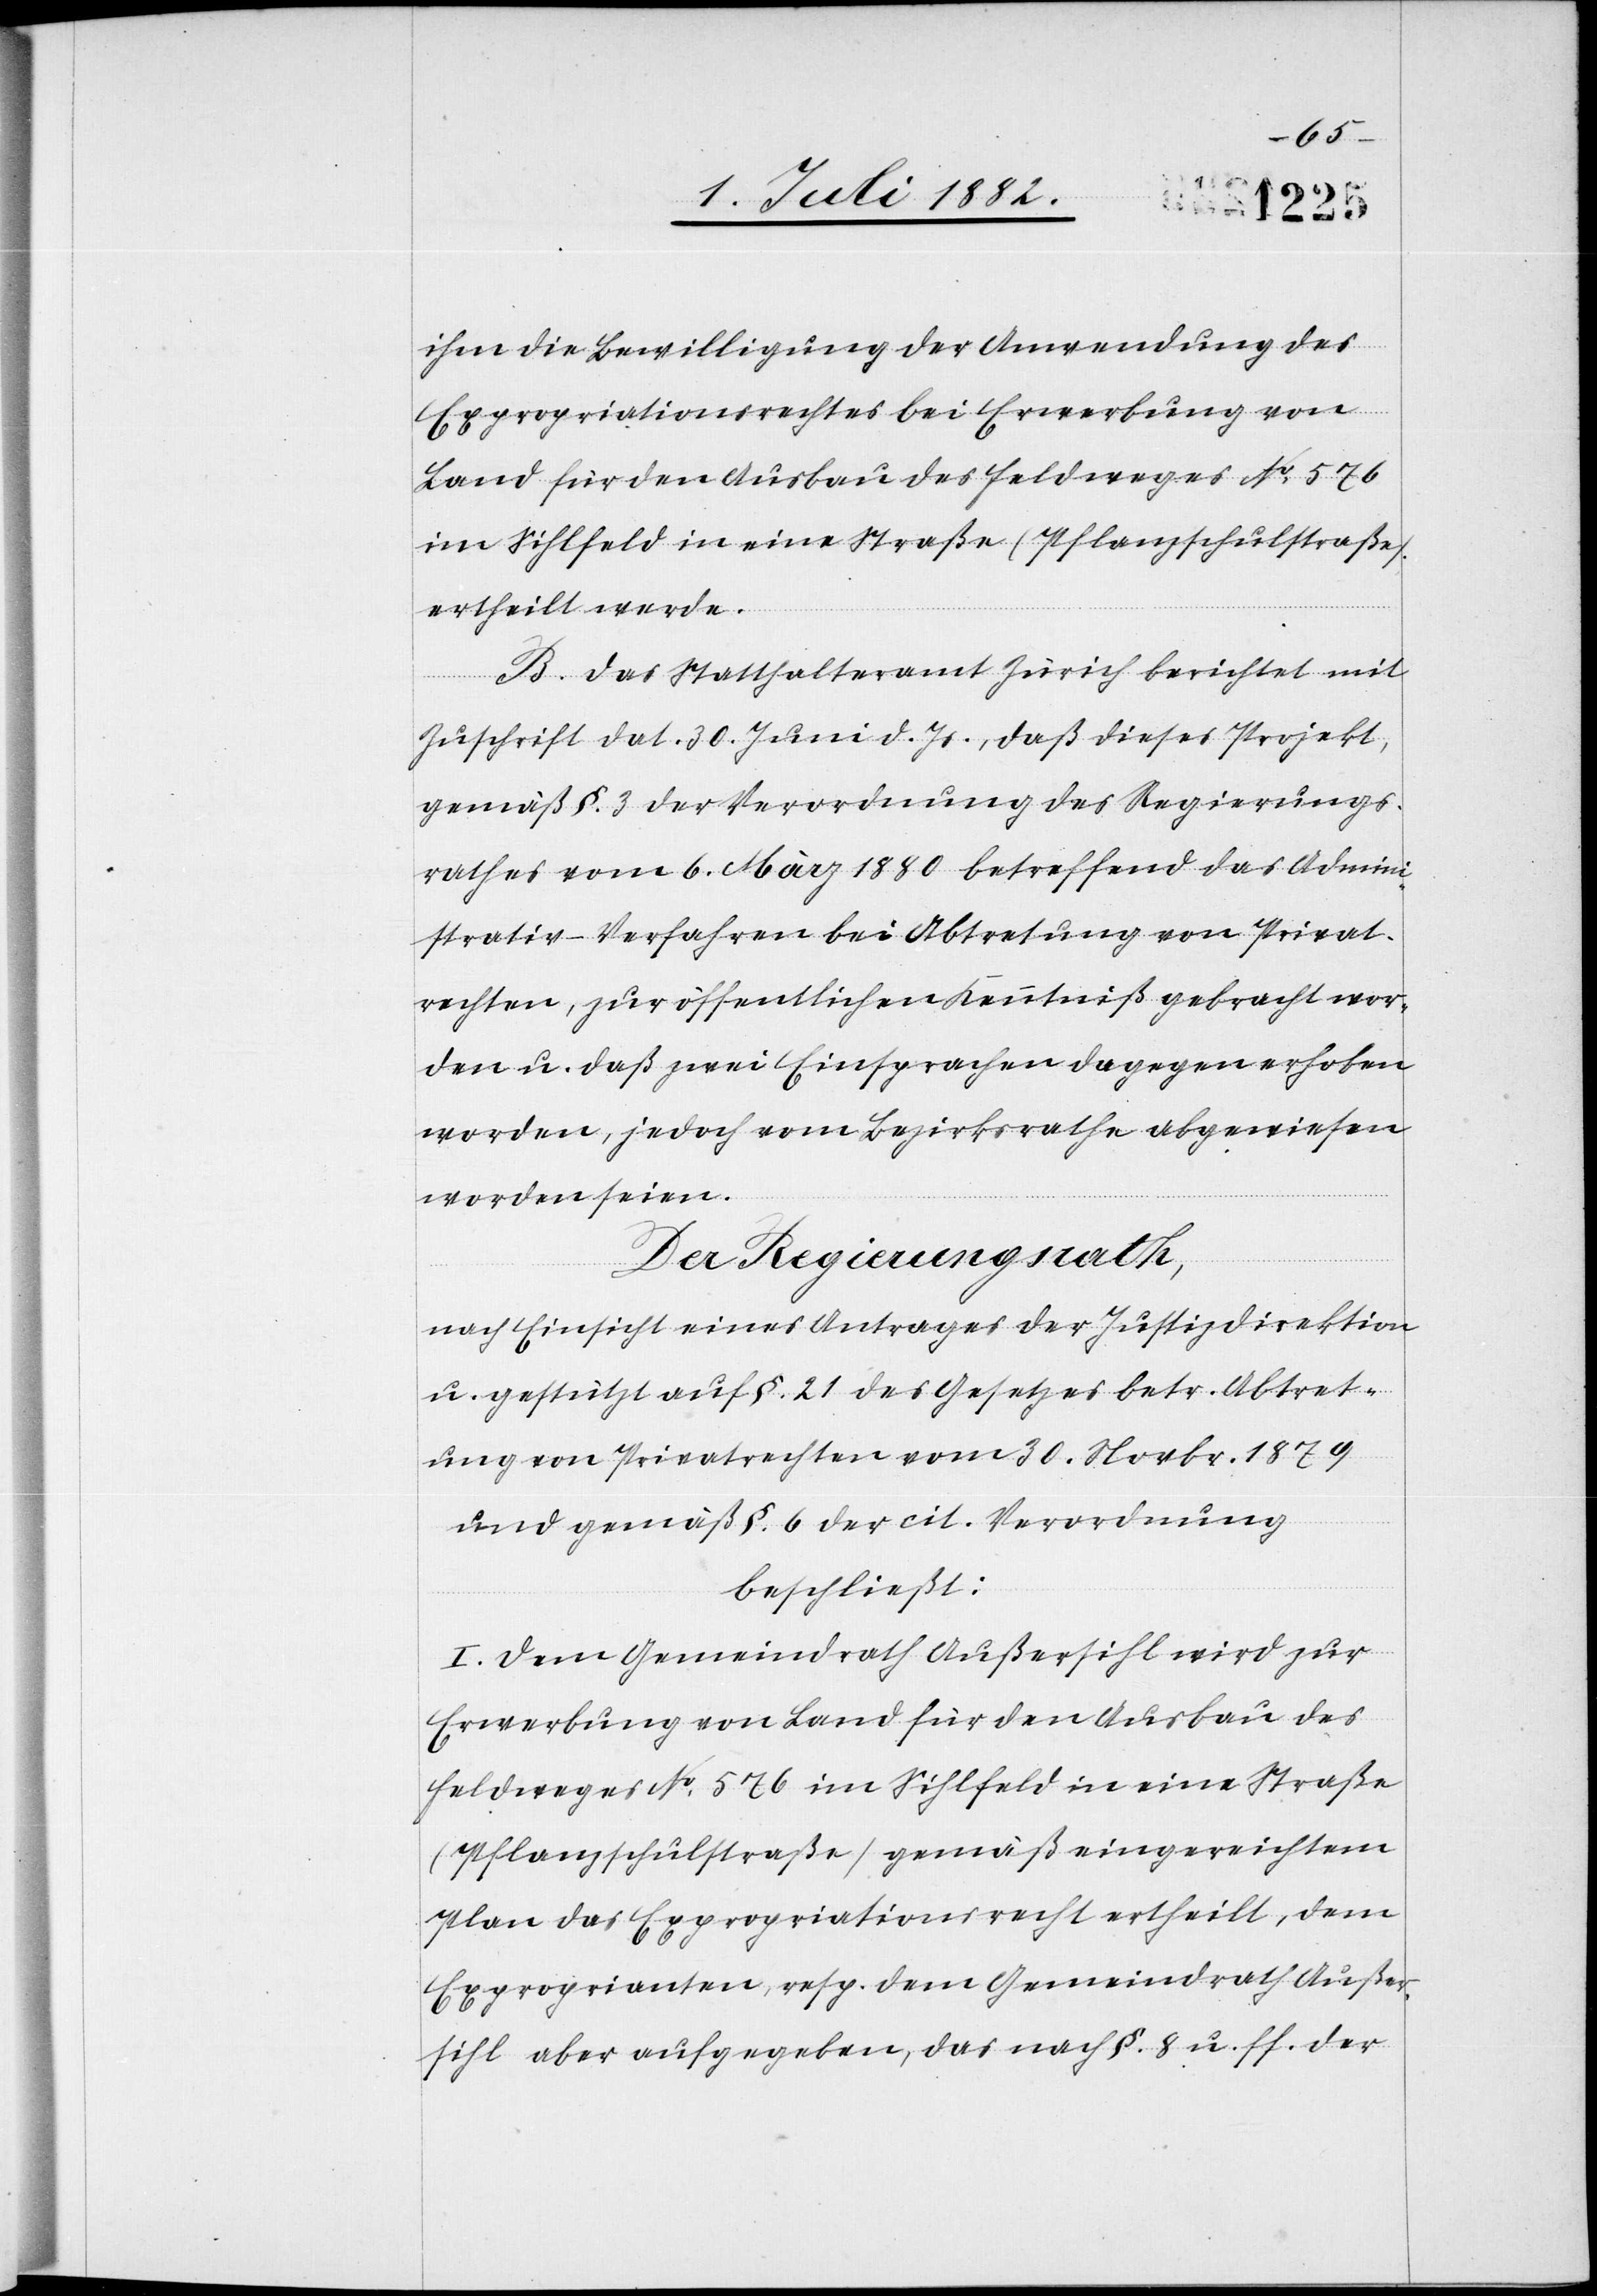
ihm die Bewilligung der Anwendung des
Expropriationsrechtes bei Erwerbung von
Land für den Ausbau des Feldweges No 576
im Sihlfeld in eine Straße (Pflanzschulstraße)
ertheilt werde.
B. Das Statthalteramt Zürich berichtet mit
Zuschrift dat. 30. Juni d. Js., daß dieses Projekt,
gemäß §. 3 der Verordnung des Regierungs¬
rathes vom 6. März 1880 betreffend das Admini¬
strativ-Verfahren bei Abtretung von Privat¬
rechten, zur öffentlichen Kenntniß gebracht wor¬
den u. daß zwei Einsprachen dagegen erhoben
worden, jedoch vom Bezirksrathe abgewiesen
worden seien.
Der Regierungsrath;
nach Einsicht eines Antrages der Justizdirektion
u. gestützt auf §. 21 des Gesetzes betr. Abtret¬
ung von Privatrechten vom 30. Novbr. 1879
und gemäß §. 6 der cit. Verordnung
beschließt:
I. Dem Gemeindrath Außersihl wird zur
Erwerbung von Land für Ausbau des
Feldweges No 576 im Sihlfeld in eine Straße
(Pflanzschulstraße) gemäß eingereichtem
Plan das Expropriationsrecht ertheilt, dem
Exproprianten, resp. dem Gemeindrath Außer¬
sihl aber aufgegeben, das nach §. 8. u. ff. der